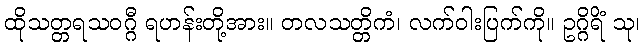
ထိုသတ္တရသဝဂ္ဂီ ရဟန်းတို့အား။ တလသတ္တိကံ၊ လက်ဝါးပြက်ကို။ ဥဂ္ဂိရိံ သု၊